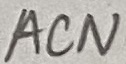
Text: ACN